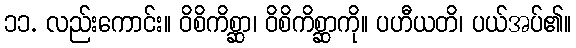
၁၁. လည်းကောင်း။ ဝိစိကိစ္ဆာ၊ ဝိစိကိစ္ဆာကို။ ပဟီယတိ၊ ပယ်အပ်၏။